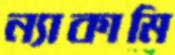
ন্যাকামি